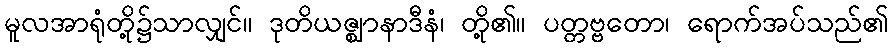
မူလအာရုံတို့၌သာလျှင်။ ဒုတိယဇ္ဈာနာဒီနံ၊ တို့၏။ ပတ္တဗ္ဗတော၊ ရောက်အပ်သည်၏